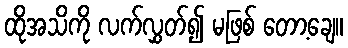
ထိုအသိကို လက်လွှတ်၍ မဖြစ် တော့ချေ။